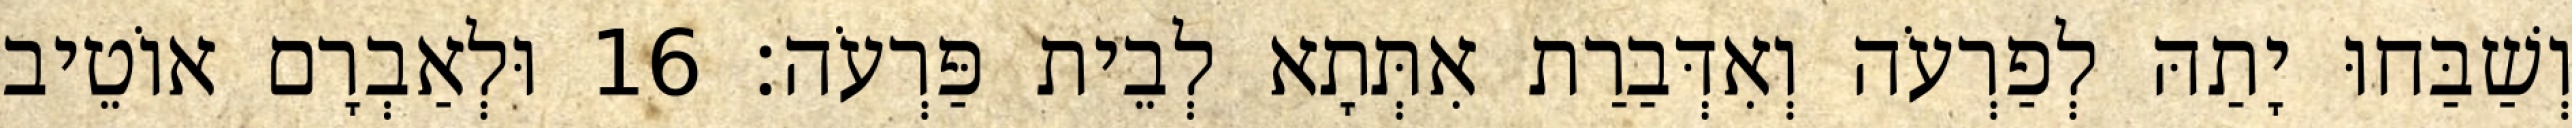
וְשַׁבַּחוּ יָתַהּ לְפַרְעֹה וְאִדְּבַרַת אִתְּתָא לְבֵית פַּרְעֹה׃ 16 וּלְאַבְרָם אוֹטֵיב